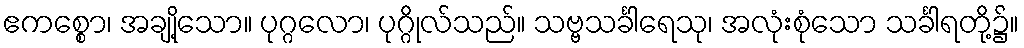
ဧကစ္စော၊ အချို့သော။ ပုဂ္ဂလော၊ ပုဂ္ဂိုလ်သည်။ သဗ္ဗသင်္ခါရေသု၊ အလုံးစုံသော သင်္ခါရတို့၌။